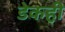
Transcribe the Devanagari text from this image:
डेकही